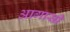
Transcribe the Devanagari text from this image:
आगासी